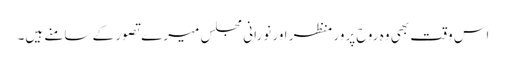
اس وقت بھی وہ روح پرور منظر اور نورانی مجلس میرے تصور کے سامنے ہیں۔